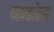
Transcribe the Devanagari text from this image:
पाठांत